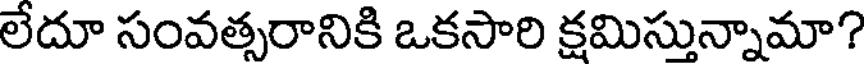
లేదూ సంవత్సరానికి ఒకసారి క్షమిస్తున్నామా?